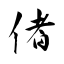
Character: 偖